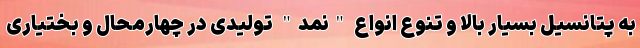
به پتانسیل بسیار بالا و تنوع انواع "نمد" تولیدی در چهارمحال و بختیاری